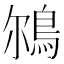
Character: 𩿥